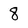
Character: 8